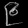
Digit: ၉